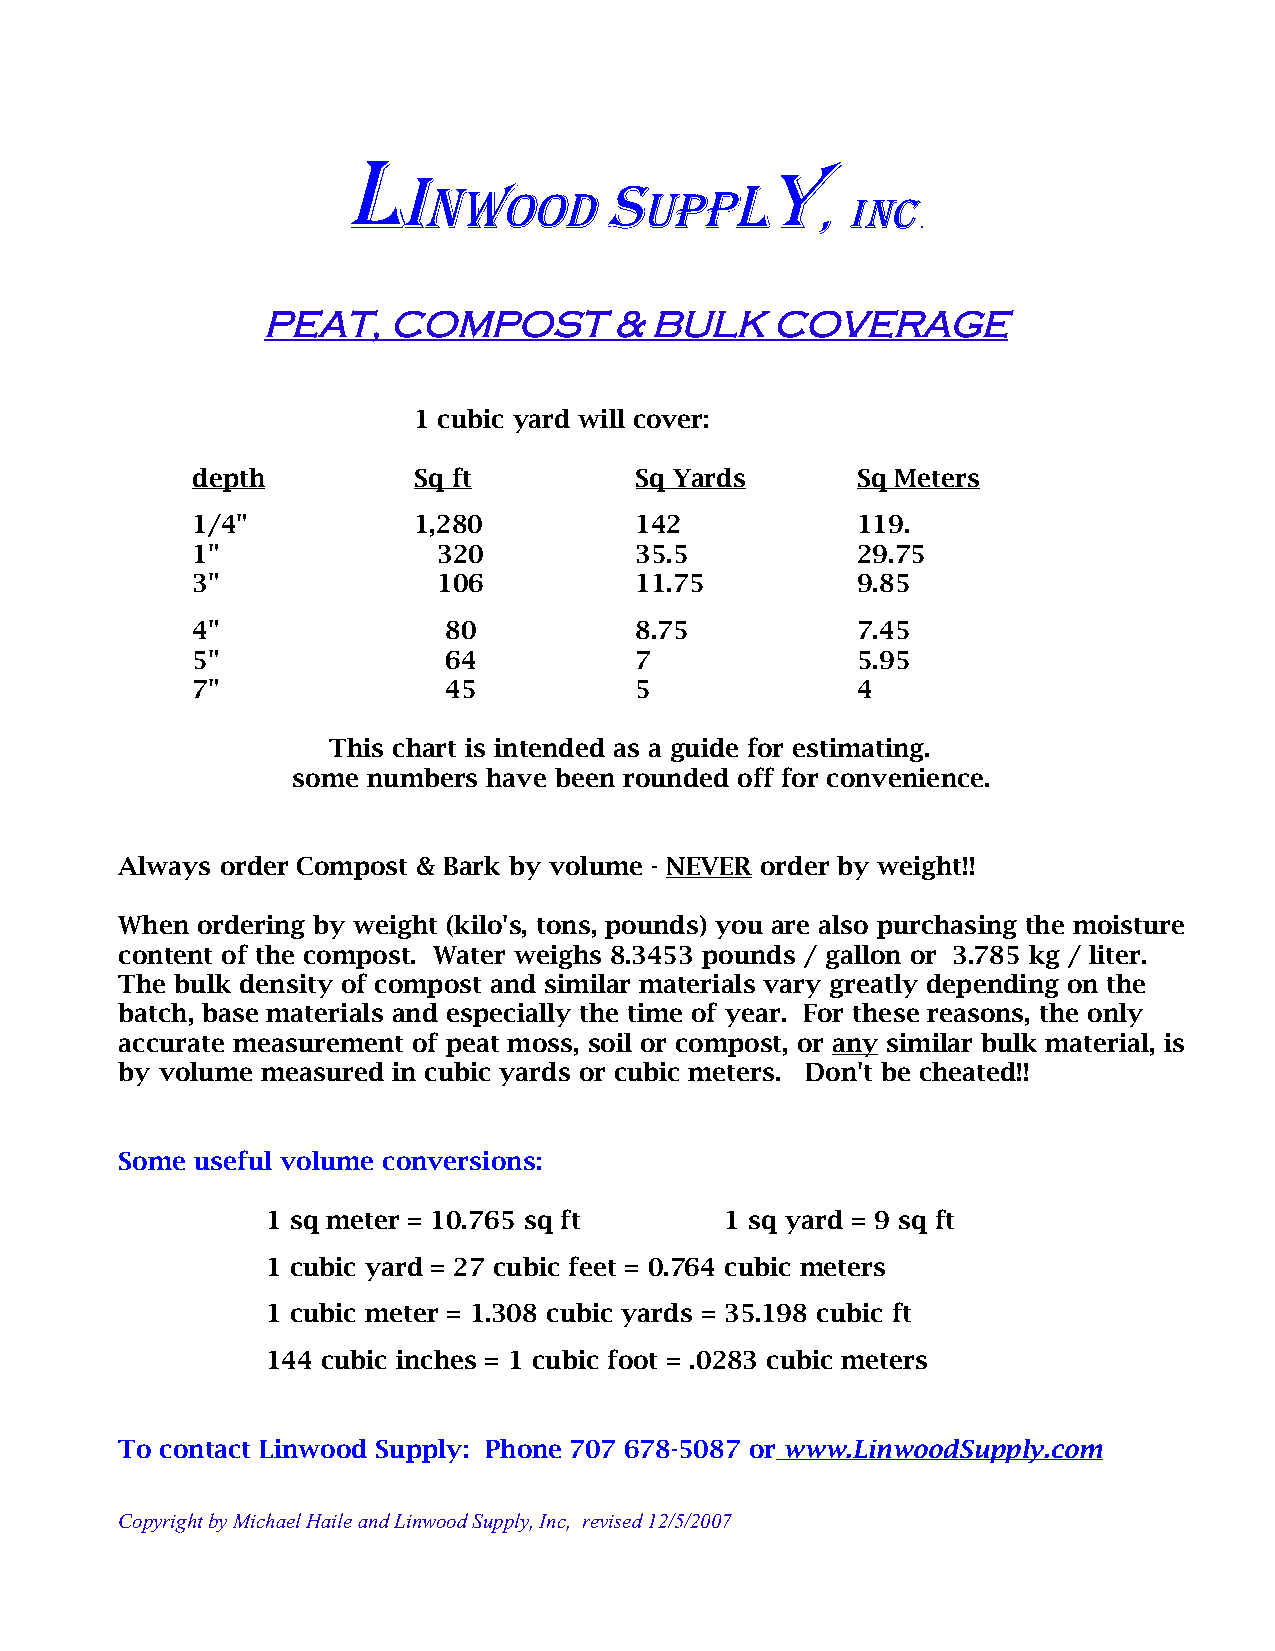
L
 i                        Y
 nwood       S uppl
 ,
 Inc
 .
 PEAT,    COMPOST        & BULK    COVERAGE
 1 cubic yard will cover:
 depth         Sq ft          Sq Yards       Sq Meters
 1/4"          1,280          142            119.
 1"              320          35.5           29.75
 3"              106          11.75          9.85
 4"              80           8.75           7.45
 5"              64           7              5.95
 7"              45           5              4
 This chart is intended as a guide for estimating.
 some numbers have been rounded off for convenience.
 Always order Compost & Bark by volume - NEVER order by weight!!
 When ordering by weight (kilo's, tons, pounds) you are also purchasing the moisture
 content of the compost. Water weighs 8.3453 pounds / gallon or 3.785 kg / liter.
 The bulk density of compost and similar materials vary greatly depending on the
 batch, base materials and especially the time of year. For these reasons, the only
 accurate measurement of peat moss, soil or compost, or any similar bulk material, is
 by volume measured in cubic yards or cubic meters. Don't be cheated!!
 Some useful volume conversions:
 1 sq meter = 10.765 sq ft     1 sq yard = 9 sq ft
 1 cubic yard = 27 cubic feet = 0.764 cubic meters
 1 cubic meter = 1.308 cubic yards = 35.198 cubic ft
 144 cubic inches = 1 cubic foot = .0283 cubic meters
 To contact Linwood Supply: Phone 707 678-5087 or www.LinwoodSupply.com
 Copyright by Michael Haile and Linwood Supply, Inc, revised 12/5/2007